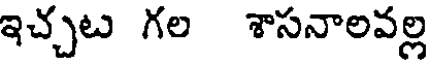
ఇచ్చట గల శాసనాలవల్ల